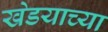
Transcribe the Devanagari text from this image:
खेडयाच्या